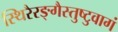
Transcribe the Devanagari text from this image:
स्थिरैरङ्गैस्तुष्टुवागं